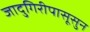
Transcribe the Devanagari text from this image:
जादुगिरीपासूसुन